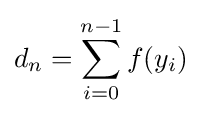
d_{n}=\sum _{i=0}^{n-1}f(y_{i})